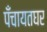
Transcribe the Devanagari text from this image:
पँचायतघर